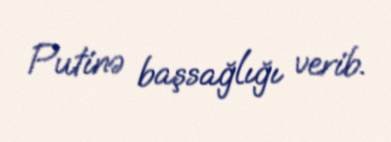
Putinə başsağlığı verib.